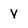
Character: v